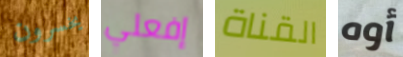
يخسرون إفعلي القناة أوه